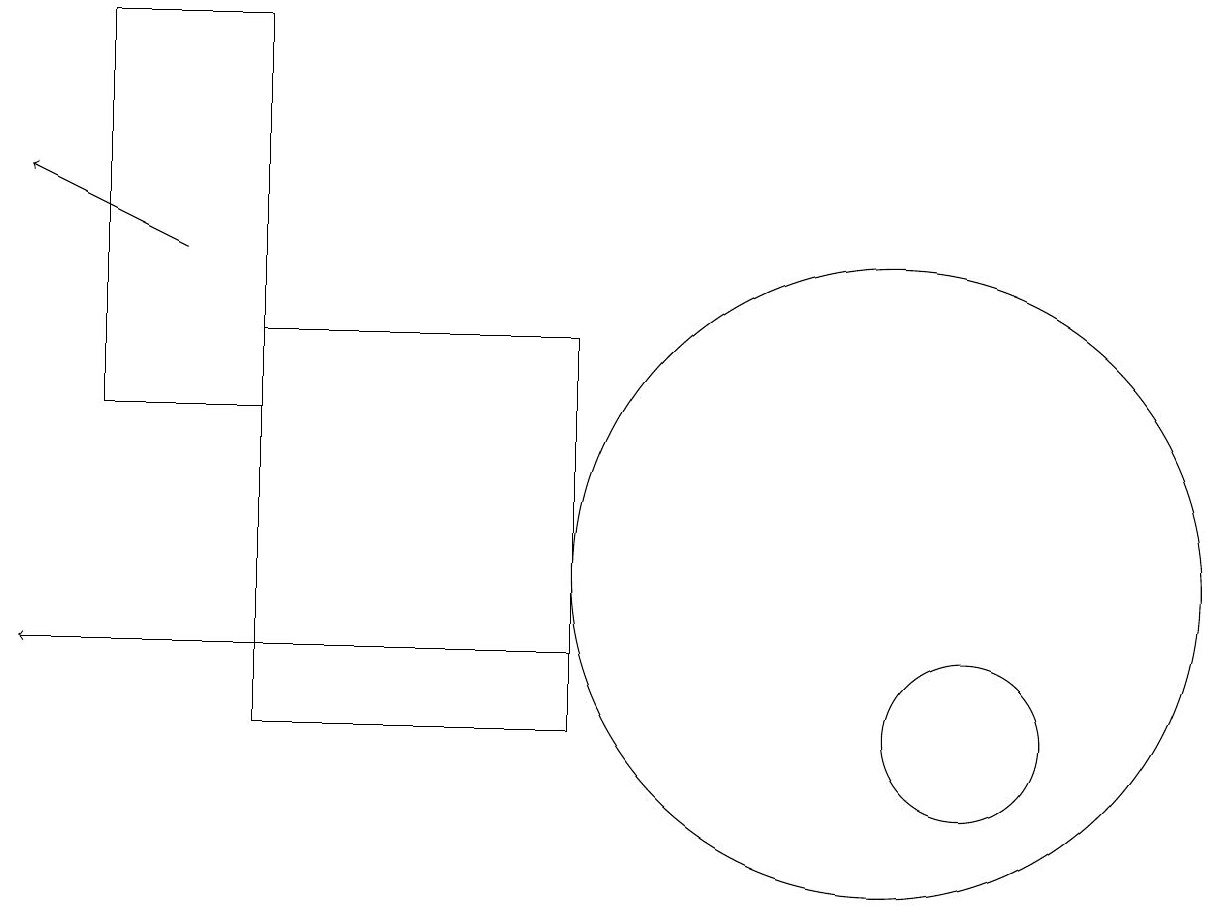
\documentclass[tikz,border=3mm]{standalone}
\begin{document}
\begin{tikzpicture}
\draw[->] (7,11) -- (0,11);
\draw (3,14) rectangle (1,19);
\draw (7,10) rectangle (3,15);
\draw (12,10) circle (1);
\draw[->] (2,16) -- (0,17);
\draw (11,12) circle (4);
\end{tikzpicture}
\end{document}